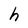
Character: h